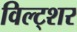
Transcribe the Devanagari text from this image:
विल्ट्शर